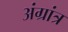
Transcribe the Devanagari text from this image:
अंग्रांत्र